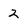
Character: 2